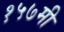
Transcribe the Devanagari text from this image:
१५७मी